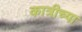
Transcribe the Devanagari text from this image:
कात्रीच्या